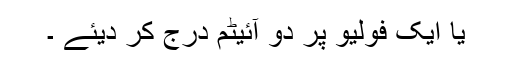
یا ایک فَولِیو پر دو آئیٹم درج کر دیئے ۔